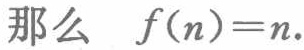
那么 \(f(n)=n.\)